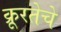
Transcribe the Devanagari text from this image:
क्रूरतेचे